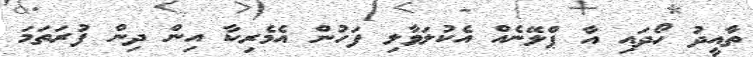
ތާއީދު ހޯދައި އާ ޕްލޭނެއް އެކުލަވާލި ފަހުން އެމެރިކާ އިން ދިން ފުރަތަމަ